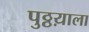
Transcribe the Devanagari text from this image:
पुठ्ठय़ाला